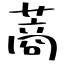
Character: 蔏